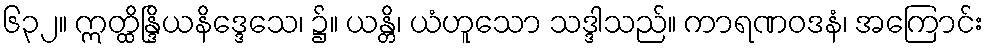
၆၃၂။ ဣတ္ထိန္ဒြိယနိဒ္ဒေသေ၊ ၌။ ယန္တိ၊ ယံဟူသော သဒ္ဒါသည်။ ကာရဏဝဒနံ၊ အကြောင်း